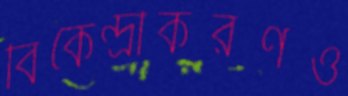
বিকেন্দ্রীকরণও